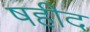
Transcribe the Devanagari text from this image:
षहीद